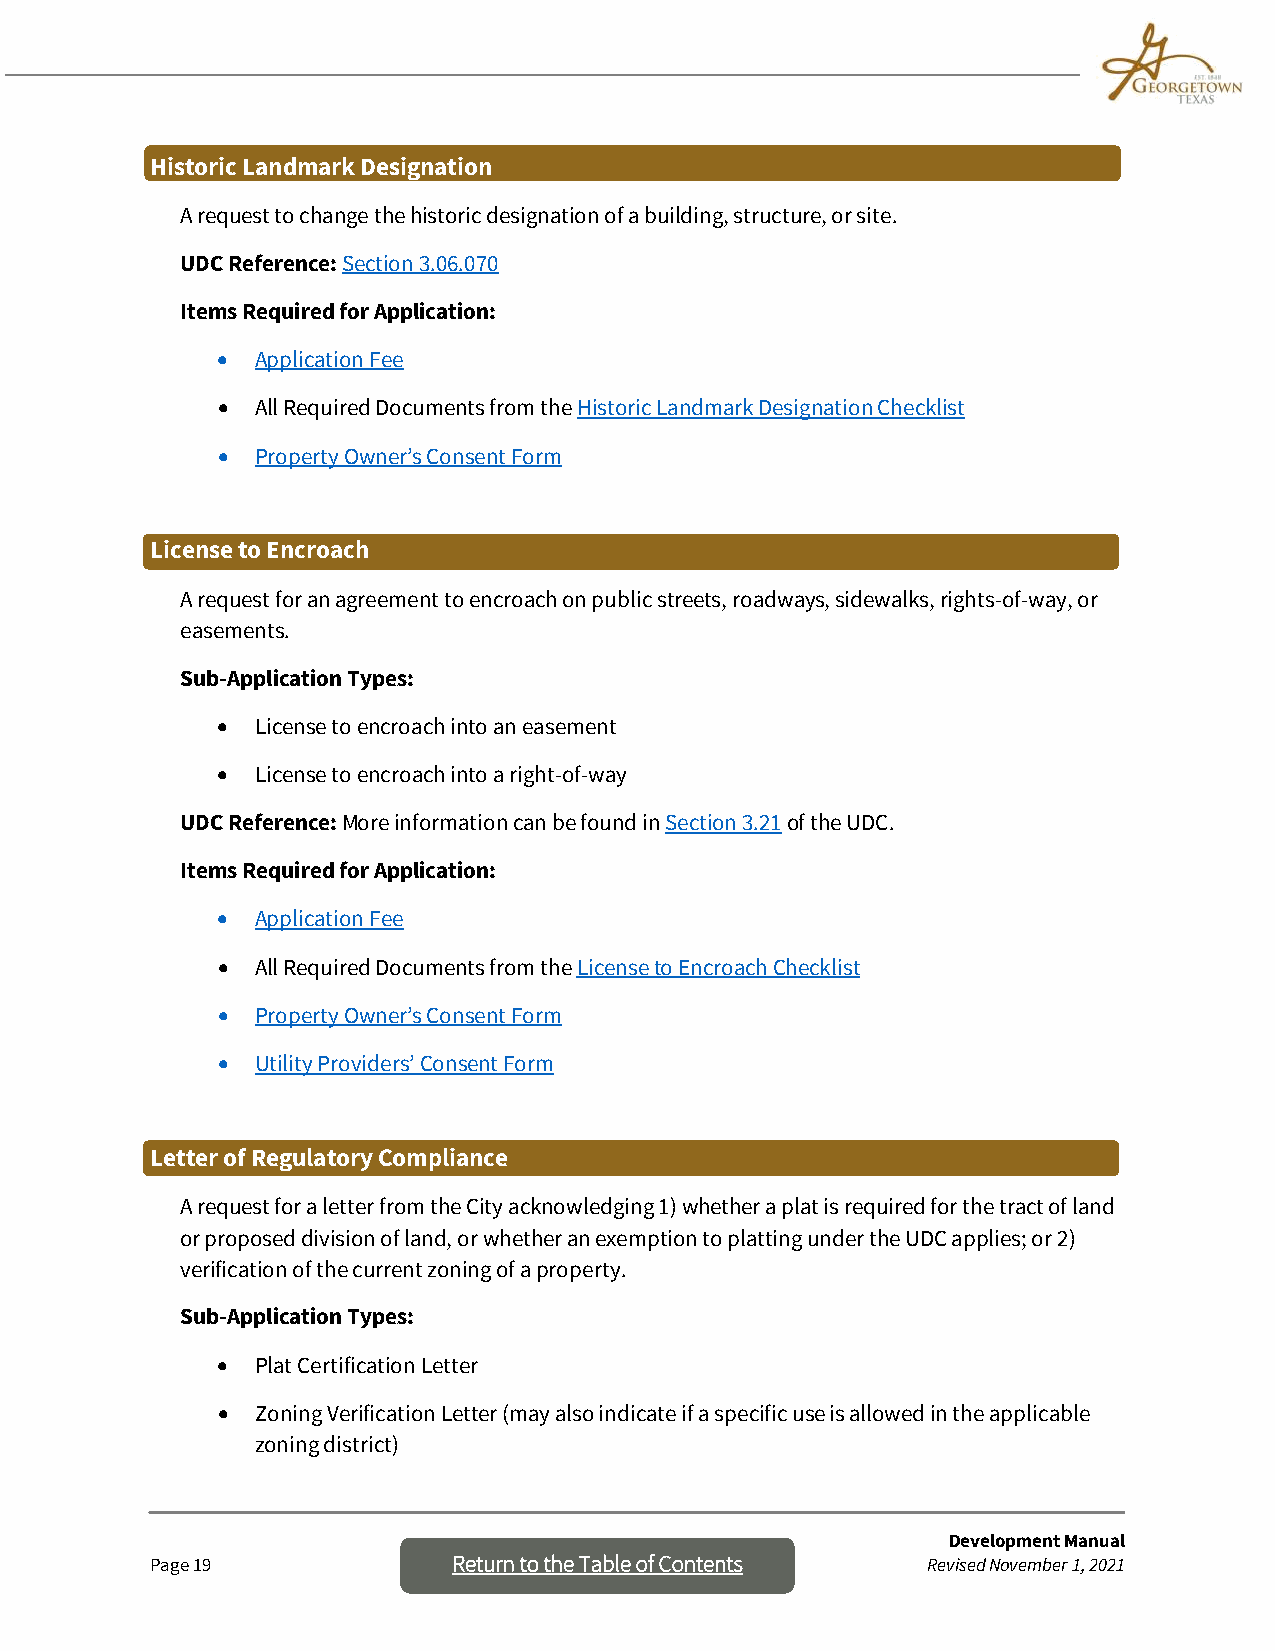
Historic Landmark Designation
 A request to change the historic designation of a building, structure, or site.
 UDC Reference: Section 3.06.070
 Items Required for Application:
 •  Application Fee
 •  All Required Documents from the Historic Landmark Designation Checklist
 •  Property Owner’s Consent Form
 License to Encroach
 A request for an agreement to encroach on public streets, roadways, sidewalks, rights-of-way, or
 easements.
 Sub-Application Types:
 •  License to encroach into an easement
 •  License to encroach into a right-of-way
 UDC Reference: More information can be found in Section 3.21 of the UDC.
 Items Required for Application:
 •  Application Fee
 •  All Required Documents from the License to Encroach Checklist
 •  Property Owner’s Consent Form
 •  Utility Providers’ Consent Form
 Letter of Regulatory Compliance
 A request for a letter from the City acknowledging 1) whether a plat is required for the tract of land
 or proposed division of land, or whether an exemption to platting under the UDC applies; or 2)
 verification of the current zoning of a property.
 Sub-Application Types:
 •  Plat Certification Letter
 •  Zoning Verification Letter (may also indicate if a specific use is allowed in the applicable
 zoning district)
 Development Manual
 Page 19             Return to the Table o f Contents Revised November 1, 2021